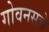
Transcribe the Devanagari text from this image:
गोवनसचे